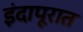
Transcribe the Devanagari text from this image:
इंदापूरात